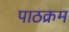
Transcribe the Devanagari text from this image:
पाठक्रम